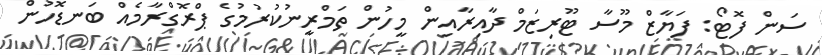
ސަން ފޮޓޯ: ފަޔާޒް މޫސާ ޓޫރިޒަމް ދާއިރާއިން މީހުން ތަމްރީނުކުރުމުގެ ޕްރޮގްރާމެއް ބަނޑޮހުން